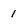
Character: 1